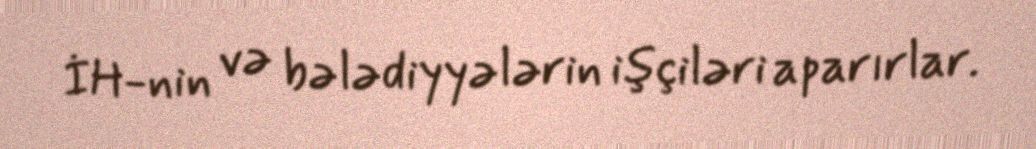
İH-nin və bələdiyyələrin işçiləri aparırlar.